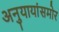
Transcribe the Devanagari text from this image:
अनुयायांसमोर